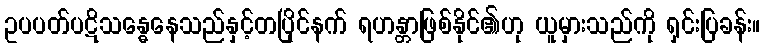
ဥပပတ်ပဋိသန္ဓေနေသည်နှင့်တပြိုင်နက် ရဟန္တာဖြစ်နိုင်၏ဟု ယူမှားသည်ကို ရှင်းပြခန်း။